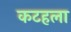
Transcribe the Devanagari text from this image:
कटहला